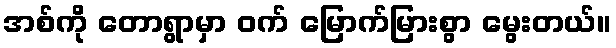
အစ်ကို တောရွာမှာ ဝက် မြောက်မြားစွာ မွေးတယ်။